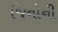
જિનોની